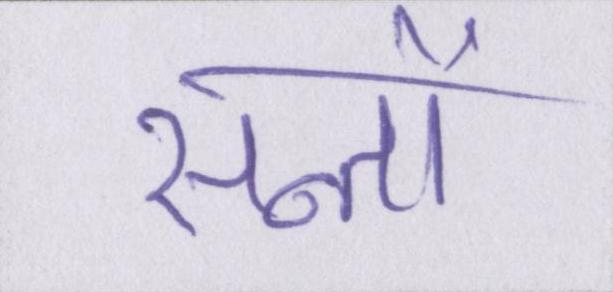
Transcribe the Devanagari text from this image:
सन्तों